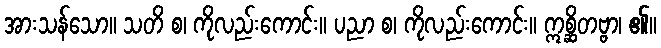
အားသန်သော။ သတိ စ၊ ကိုလည်းကောင်း။ ပညာ စ၊ ကိုလည်းကောင်း။ ဣစ္ဆိတဗ္ဗာ၊ ၏။